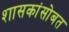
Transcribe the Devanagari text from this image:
शासकांसोबत